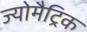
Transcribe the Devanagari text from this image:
ज्योमैट्रिक